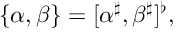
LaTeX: \{ \alpha , \beta \} = [ \alpha ^ { \sharp } , \beta ^ { \sharp } ] ^ { \flat } ,